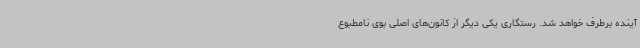
آینده برطرف خواهد شد. رستگاری یکی دیگر از کانون‌های اصلی بوی نامطبوع